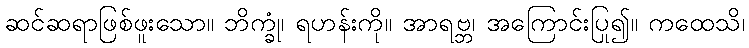
ဆင်ဆရာဖြစ်ဖူးသော။ ဘိက္ခုံ၊ ရဟန်းကို။ အာရဗ္ဘ၊ အကြောင်းပြု၍။ ကထေသိ၊